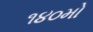
૧૪૦મો